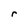
Character: r